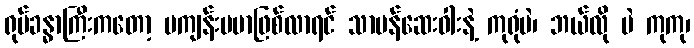
ရုပ်ခန္ဓာကြီးကတော့ မကျန်းမမာဖြစ်လာရင် သာမန်ဆေးဝါးနဲ့ ကုရုံပဲ၊ ဘယ်လို ပဲ ကုကု၊